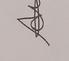
Signature authenticity: genuine